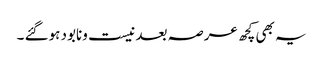
یہ بھی کچھ عرصہ بعد نیست ونابود ہوگئے ۔